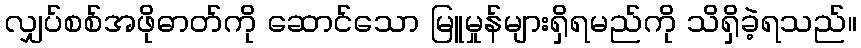
လျှပ်စစ်အဖိုဓာတ်ကို ဆောင်သော မြူမှုန်များရှိရမည်ကို သိရှိခဲ့ရသည်။